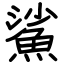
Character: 鯊